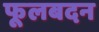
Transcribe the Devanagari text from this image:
फूलबदन